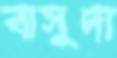
বাসুদা